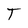
Character: T